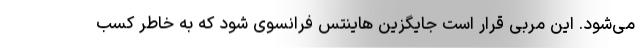
می‌شود. این مربی قرار است جایگزین هاینتس فرانسوی شود که به خاطر کسب